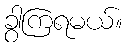
ခွာကြရမယ်။